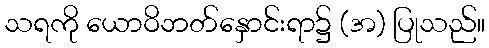
သရကို ယောဝိဘတ်နှောင်းရာ၌ (အ) ပြုသည်။